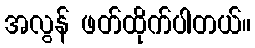
အလွန် ဖတ်ထိုက်ပါတယ်။